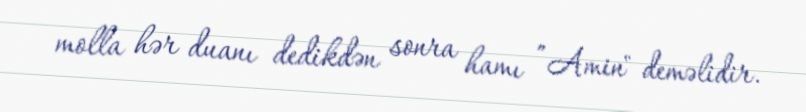
molla hər duanı dedikdən sonra hamı ”Amin" deməlidir.